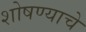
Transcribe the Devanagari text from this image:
शोषण्याचे